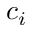
c _ { i }